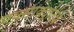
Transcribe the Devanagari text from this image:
एक्सीक्यूटिव